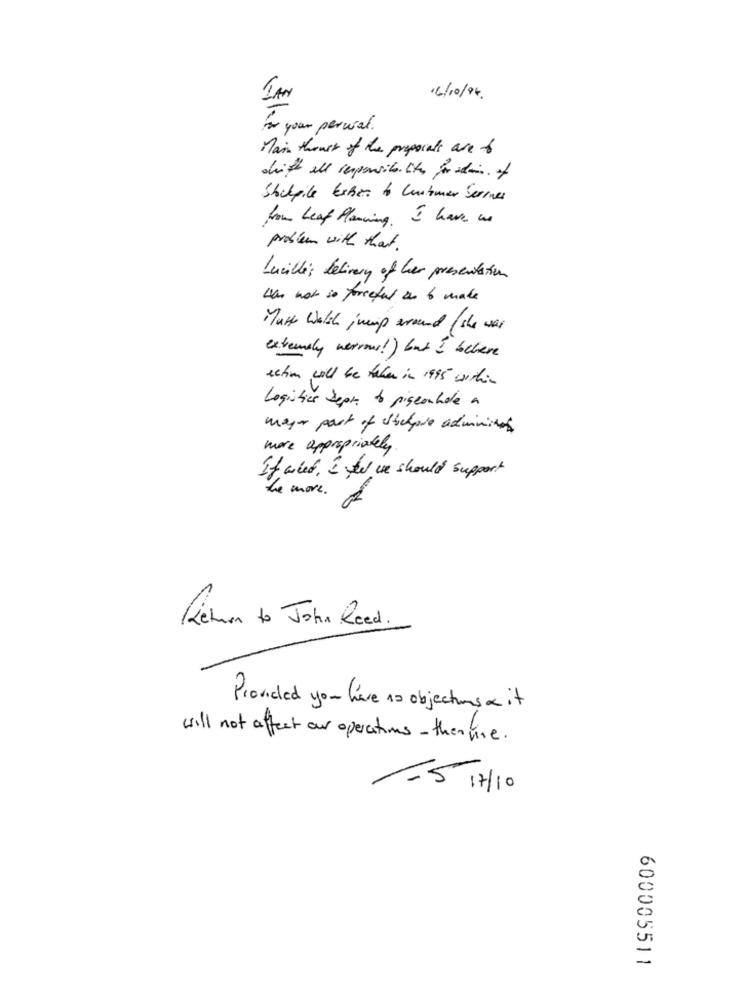
IAN
16/10/94 .
to your percal.
Main theuse of the proposals are f
ditt all responsib. When jardin. of
Stockpile Erben to Lunhmer Series
from Leaf Planning. I have un
problem with that .
Lucille'; delivery of her presentation
Was not so forceful in to make
Matt Walch jump around ( she was
extremely verrous! ) but I believe
action will be taken in 1995 within
Logistics Sept to pigeonhale a
mayor part of whichpie administes
more appropriately .
If wiet, I ft we should support
he more .
Return to John Reed .
Provided you have no objections a it
will not affect our operations - themme .
-5 /7/10
600005511